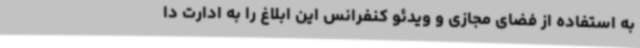
به استفاده از فضای مجازی و ویدئو کنفرانس این ابلاغ را به ادارت دا